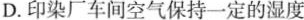
D.印染厂车间空气保持一定的湿度